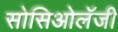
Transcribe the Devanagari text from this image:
सोसिओलॅजी